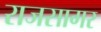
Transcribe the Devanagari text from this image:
राजसागर